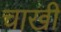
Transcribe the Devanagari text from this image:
चाखी